Source: Handwritten
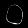
Digit: ၀ (0)